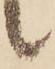
候